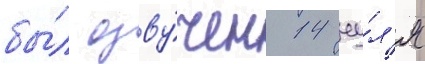
бы́л озву́чен 14 иу́л'я